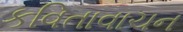
કવિતાવાચન